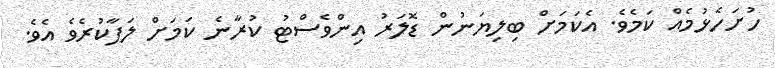
ހުށަހެޅުމެއް ކަމެވެ. އެކަމަށް ބިލިޔަނުން ޑޮލަރު އިންވެސްޓު ކުރާނެ ކަމަށް ލަފާކުރެވެ އެވެ.